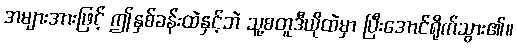
အများအားဖြင့် ဤနှစ်ခန်းထဲနှင့်ဘဲ သူ့စတူဒီယိုထဲမှာ ပြီးအောင်ရိုက်သွား၏။